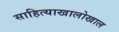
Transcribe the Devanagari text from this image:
साहित्याखालोखाल